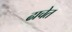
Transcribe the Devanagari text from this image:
ढाचेत